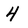
Character: 4